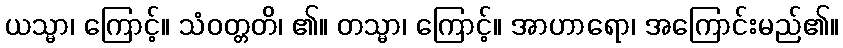
ယသ္မာ၊ ကြောင့်။ သံဝတ္တတိ၊ ၏။ တသ္မာ၊ ကြောင့်။ အာဟာရော၊ အကြောင်းမည်၏။